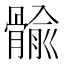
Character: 𲌐